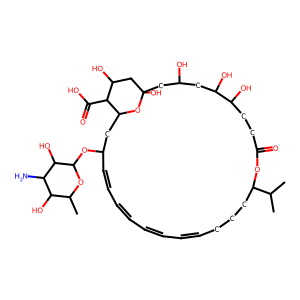
SMILES: CC(C)C1CCCC=CC=CC=CC=CC(OC2OC(C)C(O)C(N)C2O)CC2OC(O)(CC(O)CC(O)C(O)CCC(=O)O1)CC(O)C2C(=O)O
Inhibits HIV replication: No